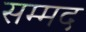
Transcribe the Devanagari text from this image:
सम्मद